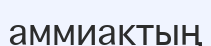
аммиактың